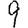
Digit: 9